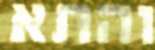
והתא